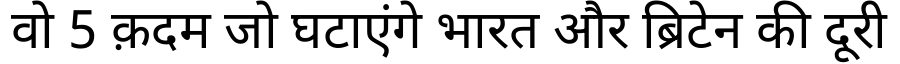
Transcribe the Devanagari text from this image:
वो 5 क़दम जो घटाएंगे भारत और ब्रिटेन की दूरी